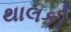
થાલકી